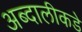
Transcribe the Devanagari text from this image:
अब्दालीकडे